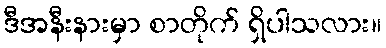
ဒီအနီးနားမှာ စာတိုက် ရှိပါသလား။